Source: Handwritten
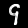
Digit: ၄ (4)